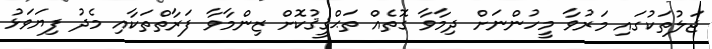
ޖަލުތަކުގައި މަރުވާ މީހުންނަށް ދިމާވާ ގޮތެއް ތަޙްޤީޤުކޮށް ޒިންމާވާ ފަރާތްތަކާއި މެދު ފިޔަވަޅު